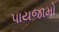
પાયજામો